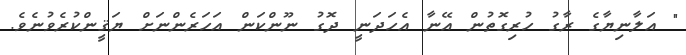
" އަލާނިޔާގެ ރާގު ހުރިގޮތުން އޭނާ އެހަދަނީ ދޮގު ނޫންކަން އަހަރެންނަށް ޔަޤީންކުރެވުނެވެ.